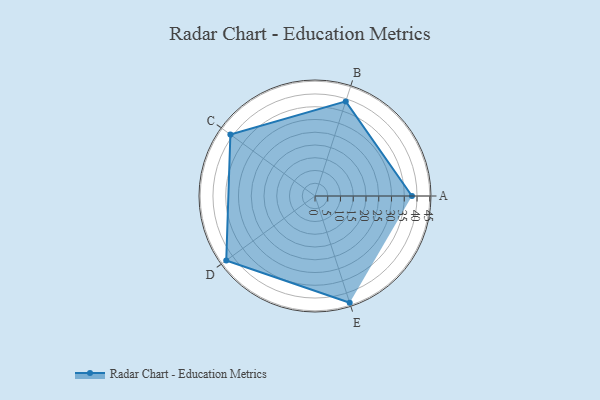
{"axis": {"x": "Skill", "y": "Score"}, "legend": ["Profile"], "data": [{"x": "A", "y": 38.0, "type": "Profile"}, {"x": "B", "y": 39.0, "type": "Profile"}, {"x": "C", "y": 41.0, "type": "Profile"}, {"x": "D", "y": 43.0, "type": "Profile"}, {"x": "E", "y": 44.0, "type": "Profile"}]}